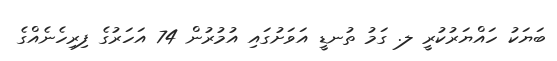
ބަޔަކު ހައްޔަރުކުރީ ލ. ގަމު ތުނޑީ އަވަށުގައި އުމުރުން 74 އަހަރުގެ ފިރިހެނެއްގެ